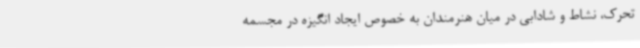
تحرک، نشاط و شادابی در میان هنرمندان به خصوص ایجاد انگیزه در مجسمه